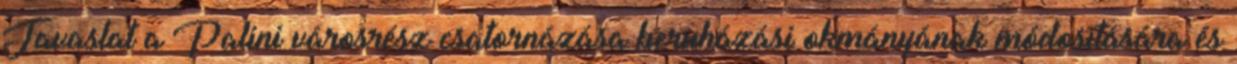
Javaslat a Palini városrész csatornázása beruházási okmányának módosítására és